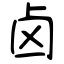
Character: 卤